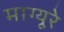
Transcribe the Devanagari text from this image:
माग्यूरे